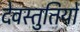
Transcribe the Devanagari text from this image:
देवस्तुतियों